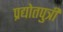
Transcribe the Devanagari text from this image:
प्रद्योतपुत्री